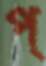
প্